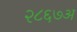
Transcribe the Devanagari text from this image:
२८६७अ